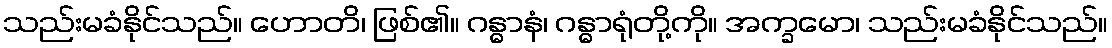
သည်းမခံနိုင်သည်။ ဟောတိ၊ ဖြစ်၏။ ဂန္ဓာနံ၊ ဂန္ဓာရုံတို့ကို။ အက္ခမော၊ သည်းမခံနိုင်သည်။